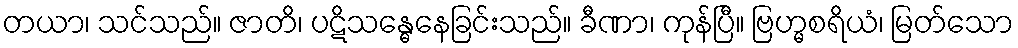
တယာ၊ သင်သည်။ ဇာတိ၊ ပဋိသန္ဓေနေခြင်းသည်။ ခီဏာ၊ ကုန်ပြီ။ ဗြဟ္မစရိယံ၊ မြတ်သော